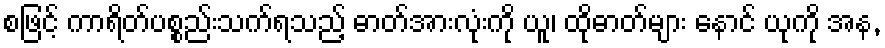
စဖြင့် ကာရိတ်ပစ္စည်းသက်ရသည့် ဓာတ်အားလုံးကို ယူ၊ ထိုဓာတ်များ နောင် ယုကို အန,